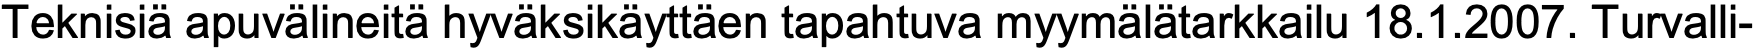
Teknisiä apuvälineitä hyväksikäyttäen tapahtuva myymälätarkkailu 18.1.2007. Turvalli-